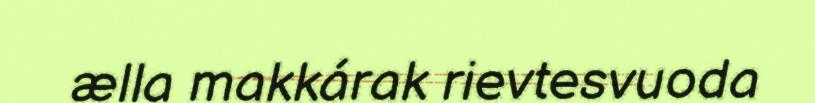
ælla makkárak rievtesvuoda